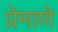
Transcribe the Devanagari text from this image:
प्रेमाणे